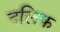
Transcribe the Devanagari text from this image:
दलिफ